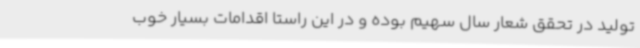
تولید در تحقق شعار سال سهیم بوده و در این راستا اقدامات بسیار خوب